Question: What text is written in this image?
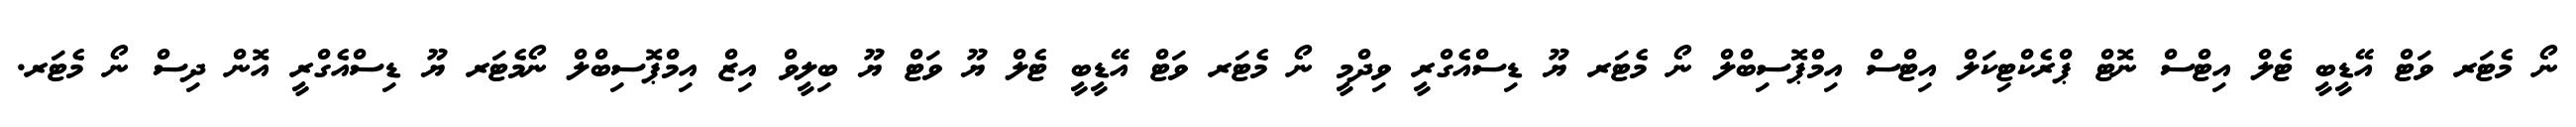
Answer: ނޯ މެޓަރ ވަޓް އޭޑީބީ ޓެލް އިޓްސް ނޮޓް ޕްރެކްޓިކަލް އިޓްސް އިމްޕޮސިބްލް ނޯ މެޓަރ ޔޫ ޑިސްއެގްރީ ވިދްމީ ނޯ މެޓަރ ވަޓް އޭޑީބީ ޓެލް ޔޫ ވަޓް ޔޫ ބިލީވް އިޒް އިމްޕޮސިބްލް ނޯމެޓަރ ޔޫ ޑިސްއެގްރީ އޮން ދިސް ނޯ މެޓަރ.